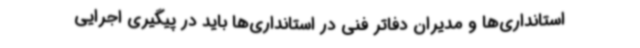
استانداری‌ها و مدیران دفاتر فنی در استانداری‌ها باید در پیگیری اجرایی